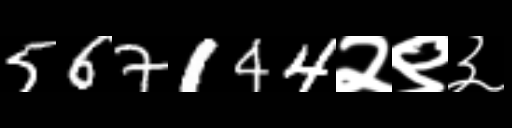
Text: 567144२९३